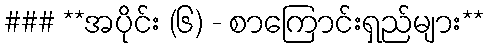
### **အပိုင်း (၆) - စာကြောင်းရှည်များ**